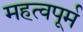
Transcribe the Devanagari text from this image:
महत्वपूर्म